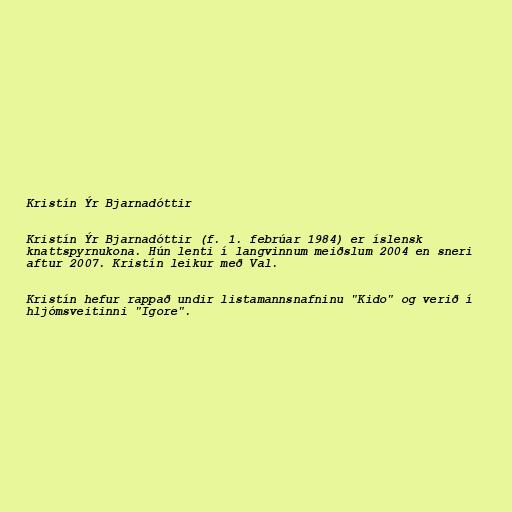
Kristín Ýr Bjarnadóttir

Kristín Ýr Bjarnadóttir (f. 1. febrúar 1984) er íslensk
knattspyrnukona. Hún lenti í langvinnum meiðslum 2004 en sneri
aftur 2007. Kristín leikur með Val.

Kristín hefur rappað undir listamannsnafninu "Kido" og verið í
hljómsveitinni "Igore".